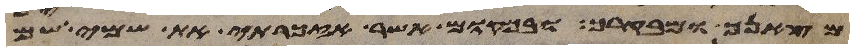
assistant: מצאנך ומבקרך ובמקום אשר אזכרתי את שמי שמה